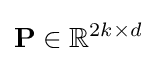
\mathbf {P} \in \mathbb {R} ^{2k\times d}